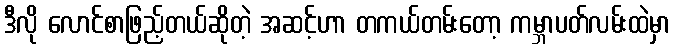
ဒီလို လောင်စာဖြည့်တယ်ဆိုတဲ့ အဆင့်ဟာ တကယ်တမ်းတော့ ကမ္ဘာပတ်လမ်းထဲမှာ